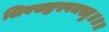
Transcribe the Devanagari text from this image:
शिवसङ्कल्पमस्तु॥४॥